Report on lock hospitals in British Burma
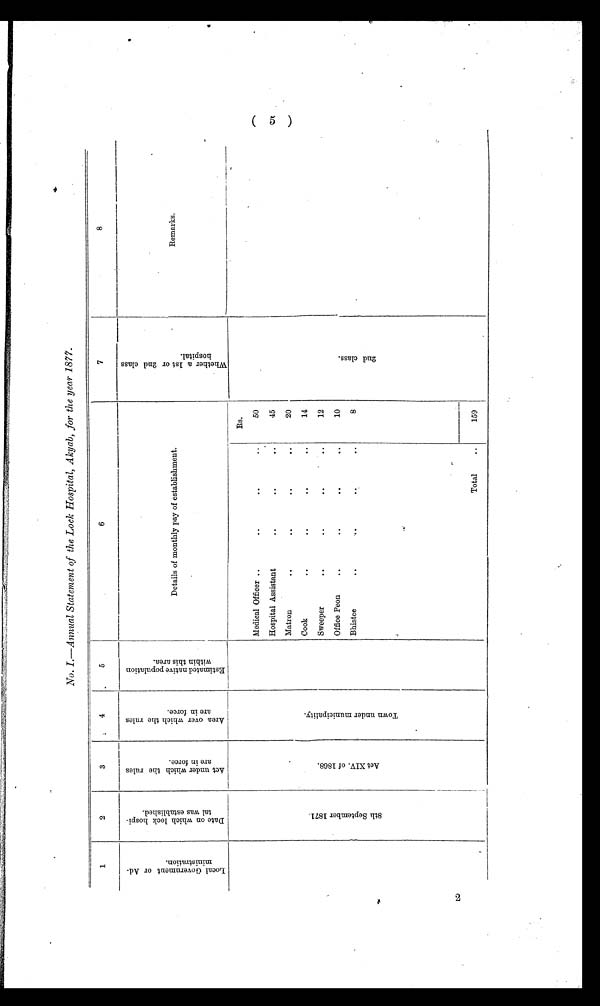
2
No. I—Annual Statement of the Lock Hospital, Akyab, for the year 1877.
1
2
3
4
5
6
7
8
L o c a l G o v e r n m e n t o r A d m i n i s t r a t i o n .
D a t e o n w h i c h l o c k h o s p i t a l w a s e s t a b l i s h e d .
A c t u n d e r w h i c h t h e r u l e s a r e i n f o r c e .
A r e a o v e r w h i c h t h e r u l e s a r e i n f o r c e .
E s t i m a t e d n a t i v e p o p u l a t i o n w h i c h t h i s a r e a .
Details of monthly pay of establishment.
W h e t h e r a I s t o r 2 n d c l a s s h o s p i t a l .
Remarks.
8 t h S e p t e m b e r 1 8 7 1 .
A c t X I V . o f 1 8 6 8 .
T o w n u n d e r m u n i c i p a l i t y .
Rs.
2 n d c l a s s .
Medical Officer ..
..
• •
..
50
Hospital Assistant
..
..
..
45
Matron
..
• •
• •
• •
20
Cook
..
• •
• •
• •
14
Sweeper .. .. .. ..
•
12
Office Peon
..
..
. . . .
• •
10
Bhistee
. 6
• •
• •
8
Total
..
159
( 5 )